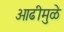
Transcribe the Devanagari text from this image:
ओढीमुळे